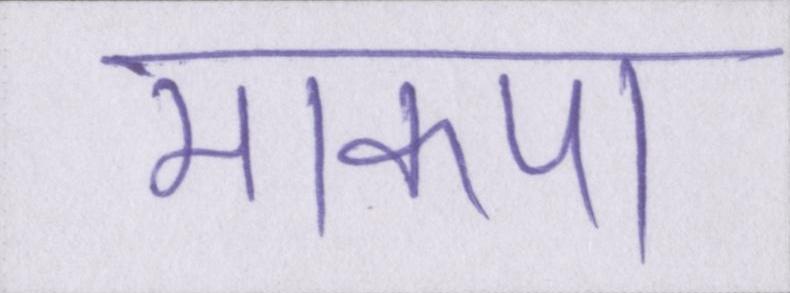
माकपा